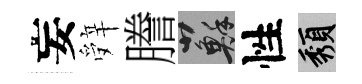
妄辤謄蘇性頽